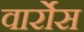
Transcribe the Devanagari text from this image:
वार्रोस